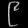
Digit: ၉